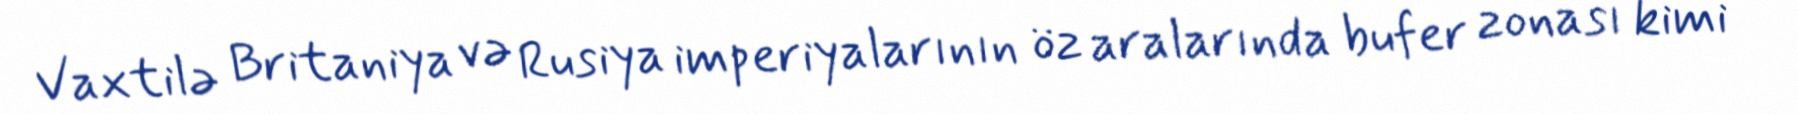
Vaxtilə Britaniya və Rusiya imperiyalarının öz aralarında bufer zonası kimi